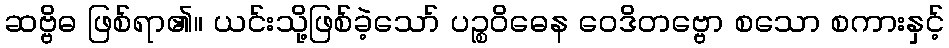
ဆဗ္ဗိဓ ဖြစ်ရာ၏။ ယင်းသို့ဖြစ်ခဲ့သော် ပဉ္စဝိဓေန ဝေဒိတဗ္ဗော စသော စကားနှင့်